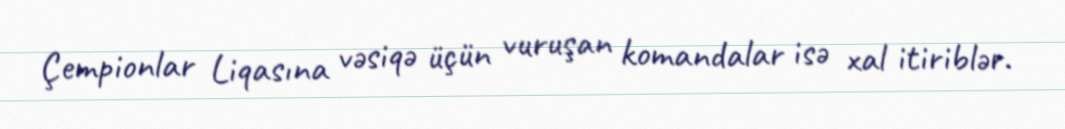
Çempionlar Liqasına vəsiqə üçün vuruşan komandalar isə xal itiriblər.